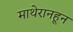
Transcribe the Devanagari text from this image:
माथेरानहून